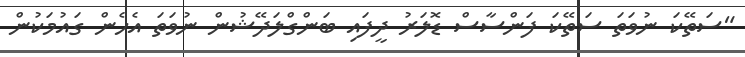
"ސަތޭކަ ނުވަތަ ސަތޭކަ ފަންސާސް ޑޮލަރު ދީފައި ބަންގްލަދޭޝުން ނުވަަތަ އެހެން ގައުމަކުން